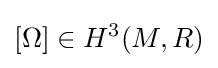
[\Omega ]\in H^{3}(M,R)